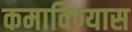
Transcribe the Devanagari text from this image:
कमाविण्यास